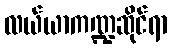
လယ်ယာကဏ္ဍဆိုင်ရာ